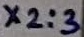
Text: X2:3